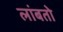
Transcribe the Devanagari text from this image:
लांबतो